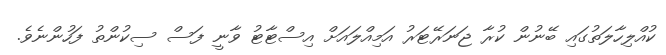
ކުއްލިހާލަތުގައި ބޭނުން ކުރާ ޖަނަރޭޓަރު އަމިއްލައަށް އިސްޓާޓު ވާނީ ފަސް ސިކުންތު ފަހުންނެވެ.